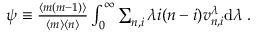
\begin{array} { r } { \psi \equiv \frac { \langle m ( m - 1 ) \rangle } { \langle m \rangle \langle n \rangle } \int _ { 0 } ^ { \infty } \sum _ { n , i } \lambda i ( n - i ) v _ { n , i } ^ { \lambda } \mathrm { d } \lambda \; . } \end{array}